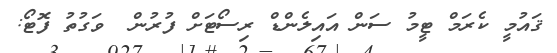
ޤައުމީ ކެރަމް ޓީމު ސަން އައިލެންޑް ރިސޯޓަށް ފުރުން  ވަގުތު ފޮޓޯ: